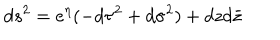
LaTeX: d s ^ { 2 } = e ^ { \eta } ( - d \tau ^ { 2 } + d \sigma ^ { 2 } ) + d z d \bar { z }